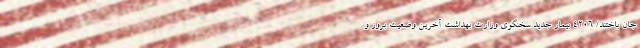
جان باختند/ ۴۲۰۶ بیمار جدید سخنگوی وزارت بهداشت آخرین وضعیت بروز و